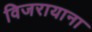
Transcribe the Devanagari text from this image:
विजरायाना